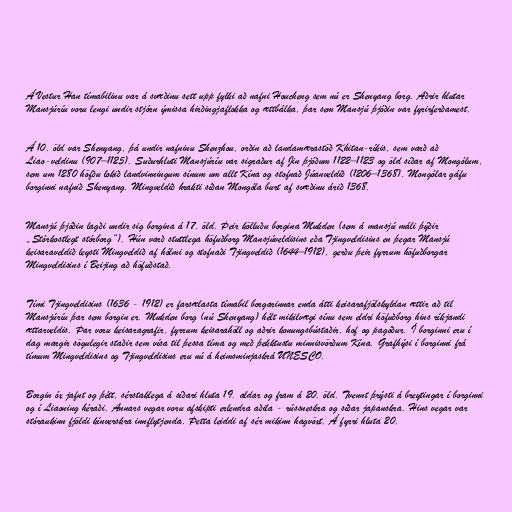
Á Vestur Han tímabilinu var á svæðinu sett upp fylki að nafni Houcheng sem nú er Shenyang borg. Aðrir hlutar
Mansjúríu voru lengi undir stjórn ýmissa hirðingjaflokka og ættbálka, þar sem Mansjú þjóðin var fyrirferðamest.

Á 10. öld var Shenyang, þá undir nafninu Shenzhou, orðin að landamærastöð Khitan-ríkis, sem varð að
Liao-veldinu (907–1125). Suðurhluti Mansjúríu var sigraður af Jin þjóðum 1122–1123 og öld síðar af Mongólum,
sem um 1280 höfðu lokið landvinningum sínum um allt Kína og stofnað Júanveldið (1206–1368). Mongólar gáfu
borginni nafnið Shenyang. Mingveldið hrakti síðan Mongóla burt af svæðinu árið 1368.

Mansjú þjóðin lagði undir sig borgina á 17. öld. Þeir kölluðu borgina Mukden (sem á mansjú máli þýðir
„Stórkostlegt stórborg“). Hún varð stuttlega höfuðborg Mansjúveldisins eða Tjingveldisins en þegar Mansjú
keisaraveldið leysti Mingveldið af hólmi og stofnaði Tjingveldið (1644–1912), gerðu þeir fyrrum höfuðborgar
Mingveldisins í Beijing að höfuðstað.

Tími Tjingveldisins (1636 - 1912) er farsælasta tímabil borgarinnar enda átti keisarafjölskyldan ættir að til
Mansjúríu þar sem borgin er. Mukden borg (nú Shenyang) hélt mikilvægi sínu sem eldri höfuðborg hins ríkjandi
ættarveldis. Þar voru keisaragrafir, fyrrum keisarahöll og aðrir konungsbústaðir, hof og pagóður. Í borginni eru í
dag margir sögulegir staðir sem vísa til þessa tíma og með þekktustu minnisvörðum Kína. Grafhýsi í borginni frá
tímum Mingveldisins og Tjingveldisins eru nú á heimsminjaskrá UNESCO.

Borgin óx jafnt og þétt, sérstaklega á síðari hluta 19. aldar og fram á 20. öld. Tvennt þrýsti á breytingar í borginni
og í Liaoning héraði. Annars vegar voru afskipti erlendra aðila - rússneskra og síðar japanskra. Hins vegar var
stóraukinn fjöldi kínverskra innflytjenda. Þetta leiddi af sér mikinn hagvöxt. Á fyrri hluta 20.